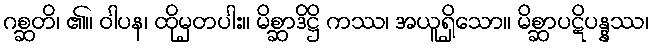
ဂစ္ဆတိ၊ ၏။ ဝါပန၊ ထိုမှတပါး။ မိစ္ဆာဒိဋ္ဌိ ကဿ၊ အယူရှိသော။ မိစ္ဆာပဋိပန္နဿ၊